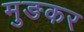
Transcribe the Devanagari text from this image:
मुङकर